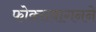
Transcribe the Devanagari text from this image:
फोक्सवागनने